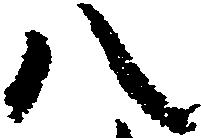
八